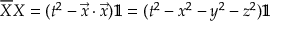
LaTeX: { \overline { { X } } } X = ( t ^ { 2 } - { \vec { x } } \cdot { \vec { x } } ) 1 \! \! 1 = ( t ^ { 2 } - x ^ { 2 } - y ^ { 2 } - z ^ { 2 } ) 1 \! \! 1